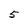
Character: 5